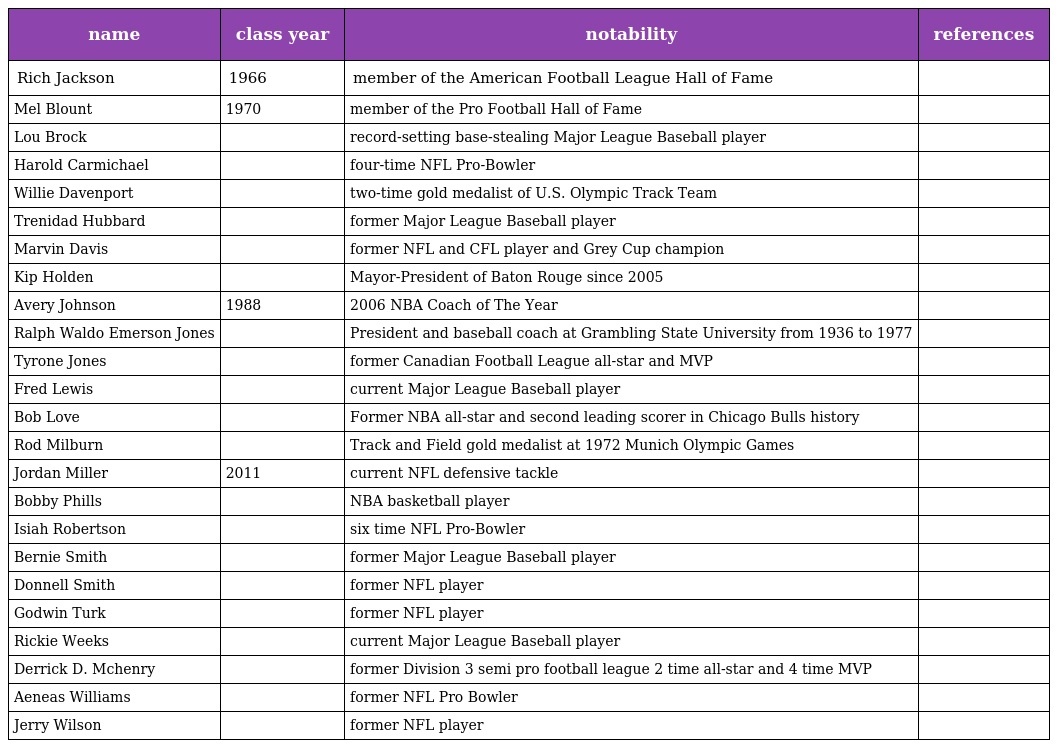
| name | class year | notability | references |
 | --- | --- | --- | --- |
 | Rich Jackson | 1966 | member of the American Football League Hall of Fame |  |
 | Mel Blount | 1970 | member of the Pro Football Hall of Fame |  |
 | Lou Brock |  | record-setting base-stealing Major League Baseball player |  |
 | Harold Carmichael |  | four-time NFL Pro-Bowler |  |
 | Willie Davenport |  | two-time gold medalist of U.S. Olympic Track Team |  |
 | Trenidad Hubbard |  | former Major League Baseball player |  |
 | Marvin Davis |  | former NFL and CFL player and Grey Cup champion |  |
 | Kip Holden |  | Mayor-President of Baton Rouge since 2005 |  |
 | Avery Johnson | 1988 | 2006 NBA Coach of The Year |  |
 | Ralph Waldo Emerson Jones |  | President and baseball coach at Grambling State University from 1936 to 1977 |  |
 | Tyrone Jones |  | former Canadian Football League all-star and MVP |  |
 | Fred Lewis |  | current Major League Baseball player |  |
 | Bob Love |  | Former NBA all-star and second leading scorer in Chicago Bulls history |  |
 | Rod Milburn |  | Track and Field gold medalist at 1972 Munich Olympic Games |  |
 | Jordan Miller | 2011 | current NFL defensive tackle |  |
 | Bobby Phills |  | NBA basketball player |  |
 | Isiah Robertson |  | six time NFL Pro-Bowler |  |
 | Bernie Smith |  | former Major League Baseball player |  |
 | Donnell Smith |  | former NFL player |  |
 | Godwin Turk |  | former NFL player |  |
 | Rickie Weeks |  | current Major League Baseball player |  |
 | Derrick D. Mchenry |  | former Division 3 semi pro football league 2 time all-star and 4 time MVP |  |
 | Aeneas Williams |  | former NFL Pro Bowler |  |
 | Jerry Wilson |  | former NFL player |  |